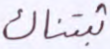
ثبتناك